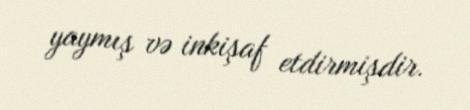
yaymış və inkişaf etdirmişdir.